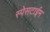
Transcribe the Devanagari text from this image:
स्पेसटाईम